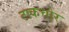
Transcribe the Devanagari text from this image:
टाकचोर